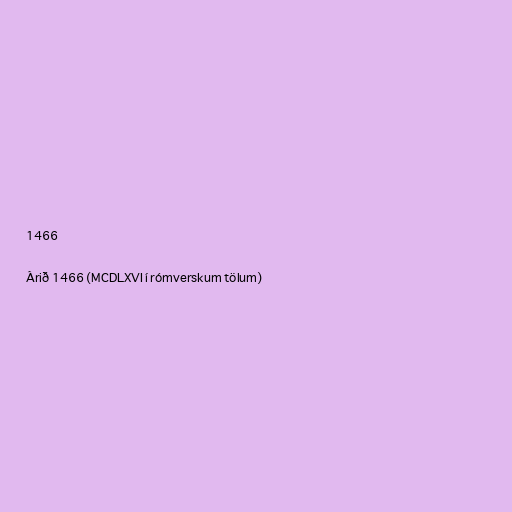
1466

Árið 1466 (MCDLXVI í rómverskum tölum)